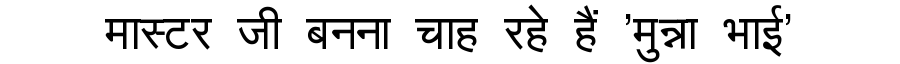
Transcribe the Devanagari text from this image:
मास्टर जी बनना चाह रहे हैं 'मुन्ना भाई'